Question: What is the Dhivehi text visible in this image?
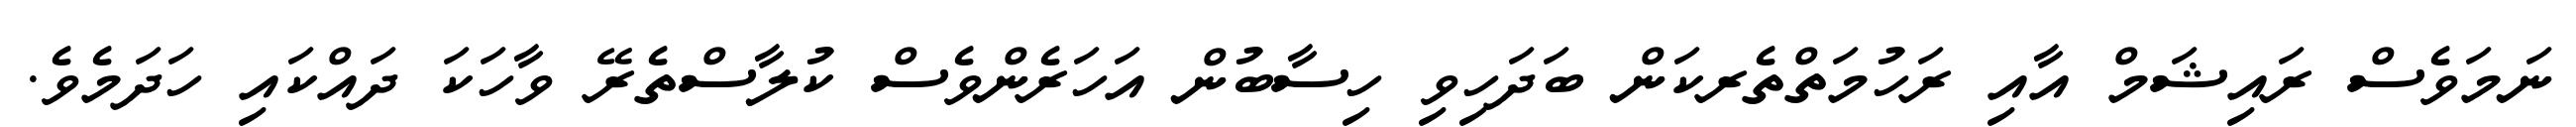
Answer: ނަމަވެސް ރައިޝަމް އާއި ރަހުމަތްތެރކަން ބަދަހިވި ހިސާބުން އަހަރެންވެސް ކުލާސްތެރޭ ވާހަކަ ދައްކައި ހަދަމެވެ.